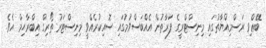
ބޭޢްވި ރަސްމިއްޔާތުގައި މިނިސްޓްރީގެ ފަރާތުން އެއްބަސްވުމުގައި ސޮއިކުރެއްވީ މިނިސްޓަރު ތޯރިގް އިބްރާހިމް އެވެ.